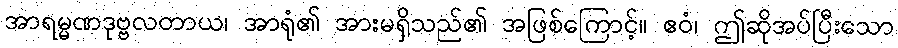
အာရမ္မဏဒုဗ္ဗလတာယ၊ အာရုံ၏ အားမရှိသည်၏ အဖြစ်ကြောင့်။ ဧဝံ၊ ဤဆိုအပ်ပြီးသော